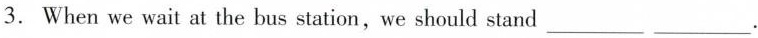
3. When we wait at the bus station,we should stand___ ___.